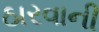
ઠારવાની